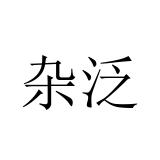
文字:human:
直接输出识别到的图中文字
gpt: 杂泛